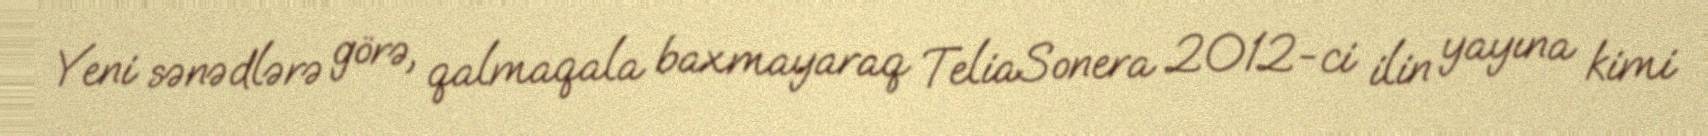
Yeni sənədlərə görə, qalmaqala baxmayaraq TeliaSonera 2012-ci ilin yayına kimi